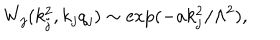
W _ { j } ( k _ { j } ^ { 2 } , k _ { j } q _ { j } ) \sim \exp ( - a k _ { j } ^ { 2 } / \Lambda ^ { 2 } ) ,